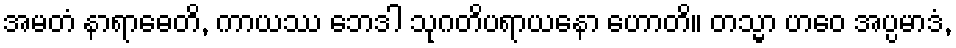
အမတံ နာရာဓေတိ, ကာယဿ ဘေဒါ သုဂတိပရာယနော ဟောတိ။ တသ္မာ ဟဝေ အပ္ပမာဒံ,